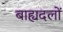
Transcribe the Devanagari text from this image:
बाह्यदलों